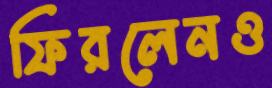
ফিরলেনও